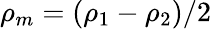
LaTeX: \rho_{m}=\left(\rho_{1}-\rho_{2}\right)/2